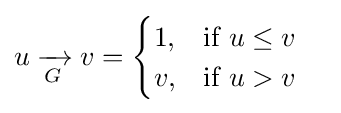
{\begin{aligned}u\mathrel {\xrightarrow[{G}]{}} v&={\begin{cases}1,&{\text{if }}u\leq v\\v,&{\text{if }}u>v\end{cases}}\end{aligned}}